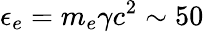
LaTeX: \epsilon_{e}=m_{e}\gamma c^{2}\sim 50